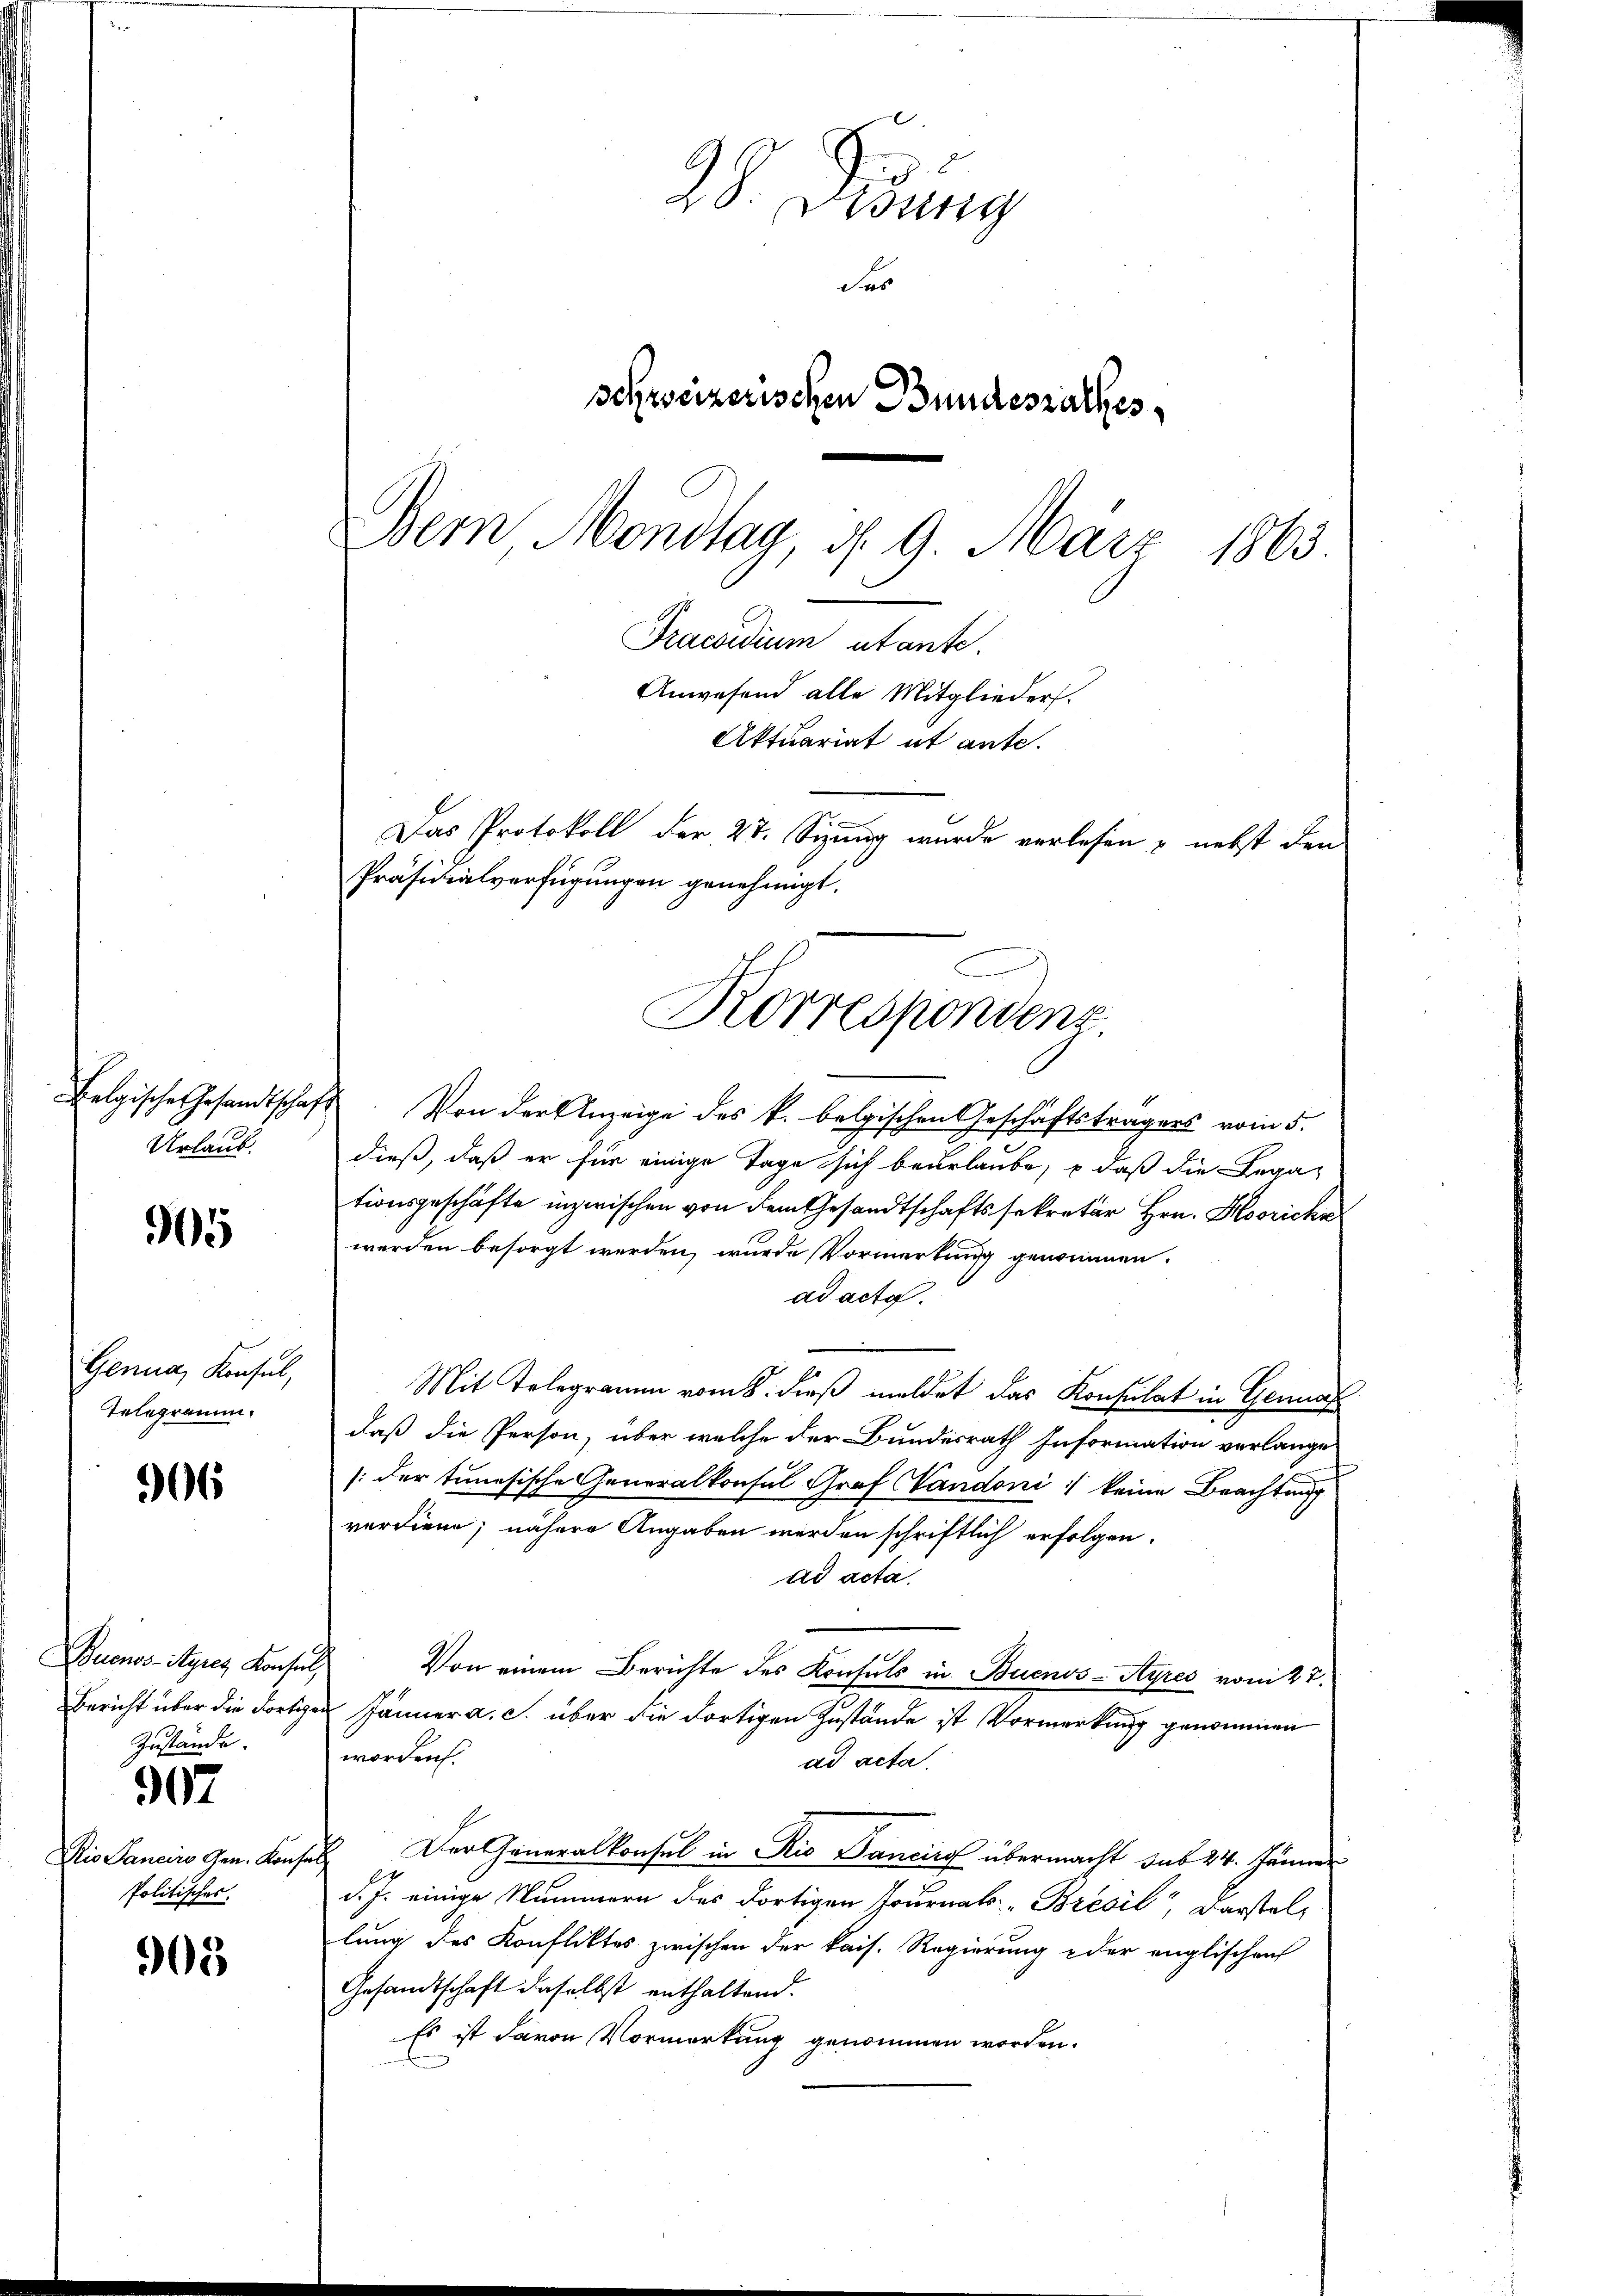
Urlaub.

5

Genua, Konsul,
Telegramm.

906

Buenos-Ayres Konsul
Zustände.

907

Dio Sanciro Gen. Kon¬
Politisches

03

28. Febung
das
schweizerischen Bundesrathes
Bern Mondtag, d. 9. März 1863.
Fraedium abant.
Anwesend alle Mitglieders.
Aktuariat et ante.
Das Protokoll der 27. Sizung wurde verlesen & nebst den
Präsidialverfügungen genehmigt.

Belgische Gesandtschaft. Von der Anzeige des k. belgischen Geschäftsträgers vom 5.
dieß, daß er für einige Tage sich beurlaube, – daß die Lega-
tionsgeschäfte inzwischen von dem Gesandtschaftssekretär Hrn. Horich
werden besorgt werden, wurde Vormerkung genommen.
ad acta.
Mit Telegramm vom 8. dieß meldet das Konsulat in Genan
daß die Person, über welche der Bundesrath Information verlange
[der tunesische Generalkonsul Graf Mandoni : keine Beachtung
verdiene; nähere Angaben werden schriftlich erfolgen.
ad acta.
Von einem Berichte des Konsuls in Buenos-Ayres vom 27.
Bericht über die Fortigen Jänner a. c. über die dortigen Zustände ist Vormerkung genommen
worden.
ad acta
Der Generalkonsul in Rio Bancirg übermacht sub 24. Jänner
sch
d. J. einige Nummern des dortigen Journals-Brevil, Darstellung des Konfliktes zwischen der kais. Regierung oder englischen
Gesandtschaft daselbst enthaltend.
Es ist davon Vormerkung genommen worden.

Korrespondenz.